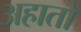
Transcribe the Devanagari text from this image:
अहातों